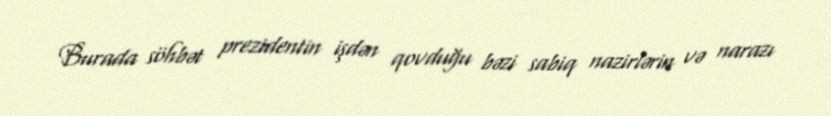
Burada söhbət prezidentin işdən qovduğu bəzi sabiq nazirlərin və narazı